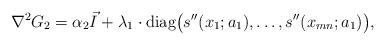
LaTeX: \begin{align*}\nabla^2 G_2 = \alpha_2 \vec{I} + \lambda_1 \cdot \mathrm{diag}\bigl(s''(x_1;a_1),\hdots , s''(x_{mn};a_1) \bigr),\end{align*}